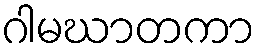
ဂါမဃာတကာ